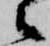
々